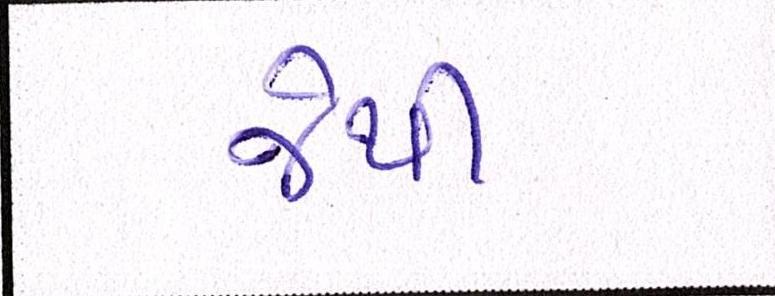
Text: જેથી